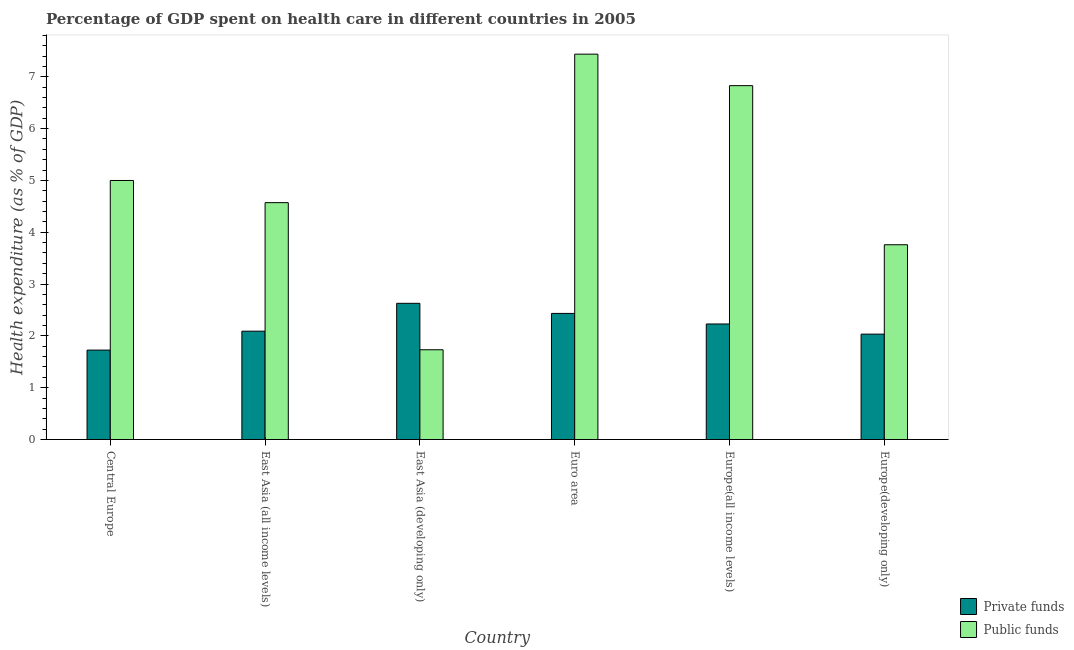
| Country | Private funds | Public funds |
 | --- | --- | --- |
 | Central Europe | 1.73 | 5 |
 | East Asia (all income levels) | 2.09 | 4.57 |
 | East Asia (developing only) | 2.63 | 1.73 |
 | Euro area | 2.43 | 7.44 |
 | Europe(all income levels) | 2.23 | 6.83 |
 | Europe(developing only) | 2.03 | 3.76 |